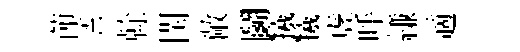
莭霅𠏉閏敞鬬犧犧虗呼縑適